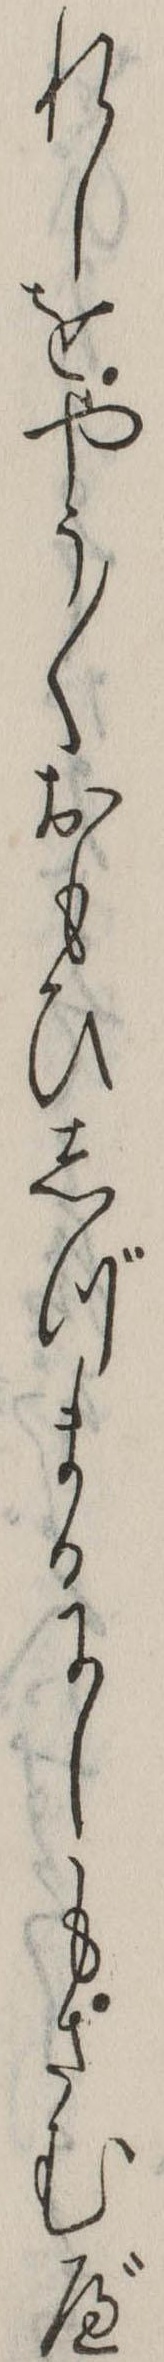
れしをやう〱おもひしづまるにしもさむべ